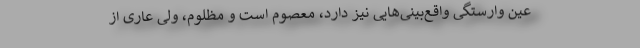
عین وارستگی واقع‌بینی‌هایی نیز دارد، معصوم است و مظلوم، ولی عاری از